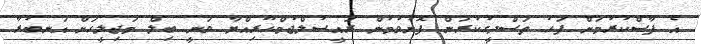
އެ ފާސްކުރުމަށް ފަހު ތަސްދީގުކުރަން ފޮނުވުމުން ރައީސުލްޖުމްހޫރިއްޔާ ވަނީ ބިލް މަޖިލީހަށް އަނބުރާ